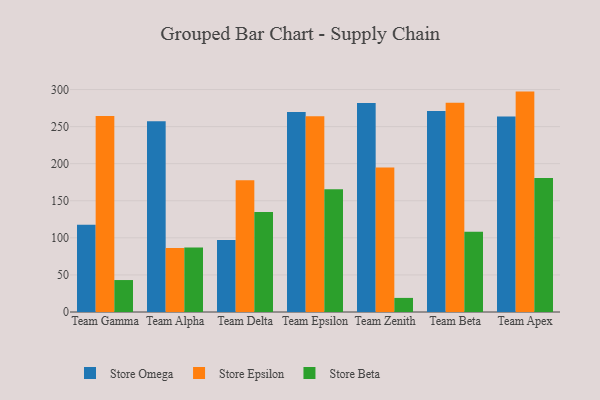
{"axis": {"x": "Team", "y": "Bounce Rate (%)"}, "legend": ["Store Beta", "Store Epsilon", "Store Omega"], "data": [{"x": "Team Gamma", "y": 117.8, "type": "Store Omega"}, {"x": "Team Gamma", "y": 264.2, "type": "Store Epsilon"}, {"x": "Team Gamma", "y": 43.1, "type": "Store Beta"}, {"x": "Team Alpha", "y": 257.3, "type": "Store Omega"}, {"x": "Team Alpha", "y": 86.3, "type": "Store Epsilon"}, {"x": "Team Alpha", "y": 87.0, "type": "Store Beta"}, {"x": "Team Delta", "y": 97.2, "type": "Store Omega"}, {"x": "Team Delta", "y": 177.7, "type": "Store Epsilon"}, {"x": "Team Delta", "y": 134.8, "type": "Store Beta"}, {"x": "Team Epsilon", "y": 269.7, "type": "Store Omega"}, {"x": "Team Epsilon", "y": 264.1, "type": "Store Epsilon"}, {"x": "Team Epsilon", "y": 165.5, "type": "Store Beta"}, {"x": "Team Zenith", "y": 281.8, "type": "Store Omega"}, {"x": "Team Zenith", "y": 195.0, "type": "Store Epsilon"}, {"x": "Team Zenith", "y": 19.0, "type": "Store Beta"}, {"x": "Team Beta", "y": 271.2, "type": "Store Omega"}, {"x": "Team Beta", "y": 282.2, "type": "Store Epsilon"}, {"x": "Team Beta", "y": 108.3, "type": "Store Beta"}, {"x": "Team Apex", "y": 263.6, "type": "Store Omega"}, {"x": "Team Apex", "y": 297.2, "type": "Store Epsilon"}, {"x": "Team Apex", "y": 180.8, "type": "Store Beta"}]}